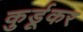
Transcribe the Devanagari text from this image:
कुर्डूकर